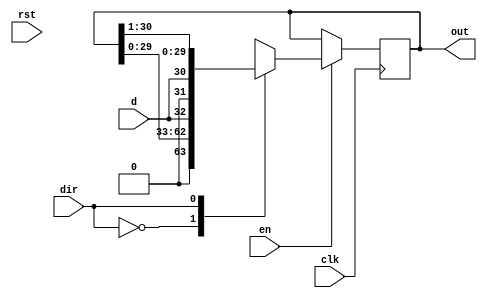
module SHIFT_REG(
    d,
    clk,
    en,
    dir,
    rst,
    out
);

input   d;
input clk;
input en;
input dir;
input rst;
output reg [31:0] out;

always @(posedge clk) begin
    if(!rst) begin
        out <= 0;
    end
    if(en) begin
        case(dir)
            0: begin
                out <= {out[29:0], d};
            end
            1: begin
                out <= {d, out[30:1]};
            end
        endcase
    end
    else begin
        out <= out;
	 end
 end
 
 endmodule